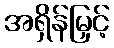
အရှိန်မြှင့်